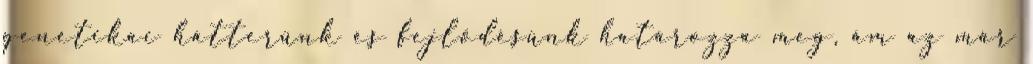
genetikai hátterünk és fejlődésünk határozza meg, ám az már